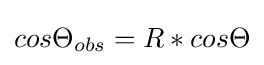
cos\Theta _{obs}=R*cos\Theta